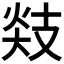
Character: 𪯅